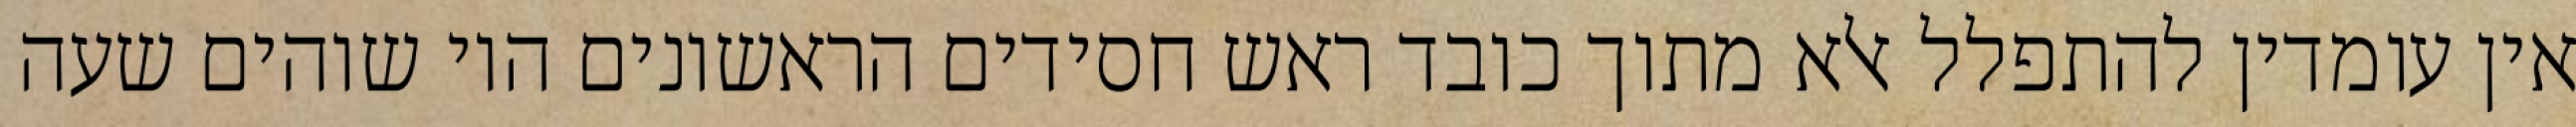
אין עומדין להתפלל אלא מתוך כובד ראש חסידים הראשונים היו שוהים שעה